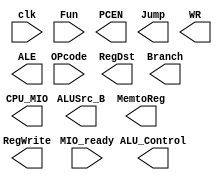
`timescale 1ns / 1ps
//////////////////////////////////////////////////////////////////////////////////
// Company: 
// Engineer: 
// 
// Design Name: 
// Module Name:    SCPU_ctrl 
// Project Name: 
// Target Devices: 
// Tool versions: 
// Description: 
//
// Dependencies: 
//
// Revision: 
// Revision 0.01 - File Created
// Additional Comments: 
//
//////////////////////////////////////////////////////////////////////////////////
module 	  SCtrl( input clk,	
						input[5:0]OPcode,						//OPcode
					   input[5:0]Fun,							//Function						
						input MIO_ready,						//CPU Wait
						
						output reg PCEN,
						output reg RegDst,
						output reg ALUSrc_B,
						output reg MemtoReg,
						output reg Jump,
						output reg Branch,
						output reg RegWrite,
						output reg WR,
						output reg [2:0]ALU_Control,
						output reg ALE,
						output reg CPU_MIO
					  );

endmodule